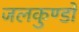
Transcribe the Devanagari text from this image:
जलकुण्डों